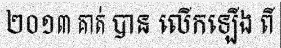
២០១៣ គាត់ បាន លើកឡើង ពី